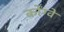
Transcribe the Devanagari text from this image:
कोंग्वे